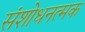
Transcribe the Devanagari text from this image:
संशोधनत्मक